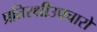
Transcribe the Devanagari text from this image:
प्रतिरक्षीउपचारों